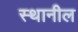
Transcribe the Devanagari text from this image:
स्थानील